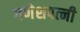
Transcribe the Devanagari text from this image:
गणेशपत्नी